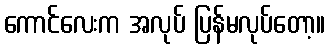
ကောင်လေးက အလုပ် ပြန်မလုပ်တော့။